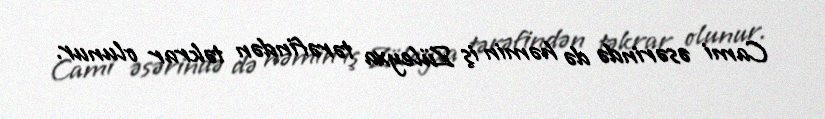
Cami əsərində də həmin iş Züleyxa tərəfindən təkrar olunur.